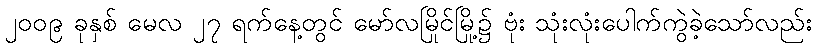
၂၀၀၉ ခုနှစ် မေလ ၂၇ ရက်နေ့တွင် မော်လမြိုင်မြို့၌ ဗုံး သုံးလုံးပေါက်ကွဲခဲ့သော်လည်း